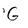
Character: G